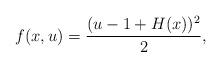
LaTeX: \begin{align*}f(x,u) = \frac{(u-1+H(x))^2}{2},\end{align*}